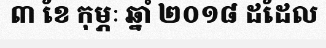
៣ ខែ កុម្ភៈ ឆ្នាំ ២០១៨ ដដែល